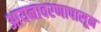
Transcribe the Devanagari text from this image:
आयनावरणापासून